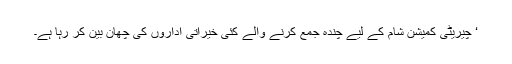
‘ چیریٹی کمیشن شام کے لیے چندہ جمع کرنے والے کئی خیراتی اداروں کی چھان بین کر رہا ہے۔